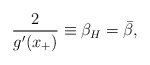
\begin{align*}{2 \over g'(x_+)} \equiv \beta_H=\bar{\beta} ,\end{align*}